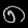
Digit: ၈